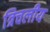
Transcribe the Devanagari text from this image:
त्रिचलीय